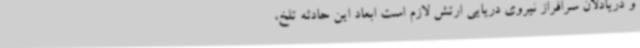
و دریادلان سرافراز نیروی دریایی ارتش لازم است ابعاد این حادثه تلخ،